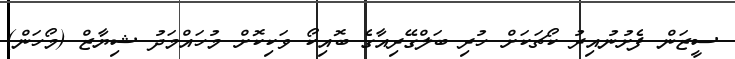
ސީޒަން ފެށުނުއިރު ކޯޗަކަށް ހުރި ބަލްގޭރިއާގެ ބޮއިކޯ ވަކިކޮށް މުހައްމަދު ޝިޔާޒް (މޯހަން)